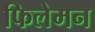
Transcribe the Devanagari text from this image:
फिलेमन